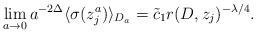
LaTeX: \begin{align*}\lim_{a \to 0} a^{-2\Delta} \langle \sigma(z^a_j) \rangle_{D_a} = \tilde c_1 r(D,z_j)^{-\lambda/4}.\end{align*}